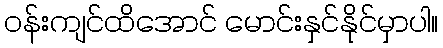
ဝန်းကျင်ထိအောင် မောင်းနှင်နိုင်မှာပါ။